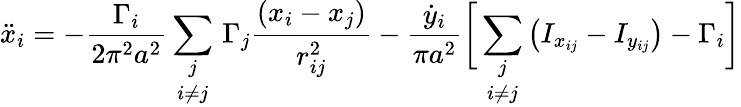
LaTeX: \ddot{x}_{i}=-\frac{\Gamma_{i}}{2\pi^{2}a^{2}}\underset{i\neq j}{\sum_{j}}\, \Gamma_{j}\frac{(x_{i}-x_{j})}{r_{ij}^{2}}-\frac{\dot{y}_{i}}{\pi a^{2}}\biggr[\underset{i\neq j}{\sum_{j}}\left(I_{x_{ij}}-I_{y_{ij}}\right)-\Gamma_{i}\biggr]